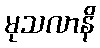
မုသလာနိ